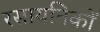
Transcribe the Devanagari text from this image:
रसायनिकों